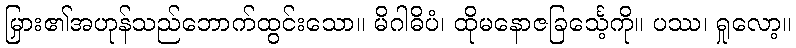
မြှား၏အဟုန်သည်ဘောက်ထွင်းသော။ မိဂါဓိပံ၊ ထိုမနောဇခြင်္သေ့ကို။ ပဿ၊ ရှုလော့။